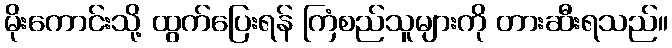
မိုးကောင်းသို့ ထွက်ပြေးရန် ကြံစည်သူများကို တားဆီးရသည်။